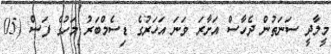
މީލާދީ ސަނަތުން ދެހާސް އަށާރަ ވަނަ އަހަރުގެ ޑިސެމްބަރު މަހުގެ ފަސް (05